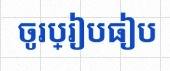
ចូរប្រៀបធៀប